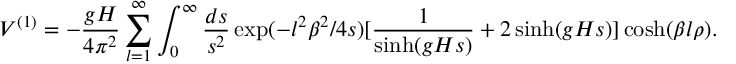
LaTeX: V ^ { ( 1 ) } = - \frac { g H } { 4 \pi ^ { 2 } } \sum _ { l = 1 } ^ { \infty } \int _ { 0 } ^ { \infty } \frac { d s } { s ^ { 2 } } \exp ( - l ^ { 2 } \beta ^ { 2 } / 4 s ) [ \frac { 1 } { \sinh ( g H s ) } + 2 \sinh ( g H s ) ] \cosh ( \beta l \rho ) .